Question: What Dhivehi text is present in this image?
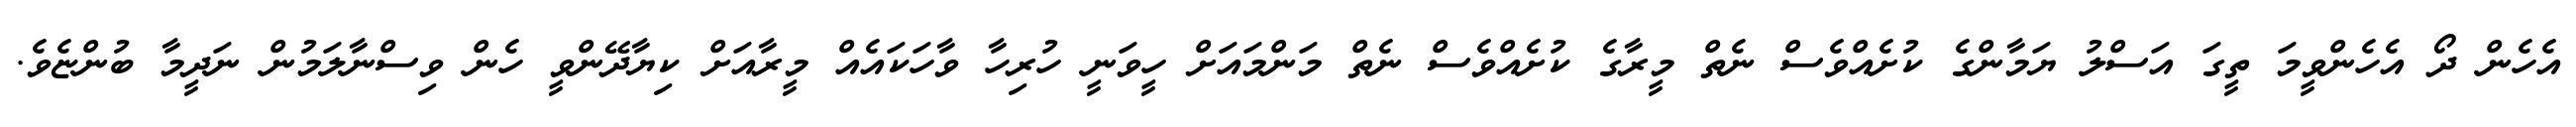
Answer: އެހެން ދޯ އެހެންވީމަ ތީގަ އަސްލު ޔަމާންގެ ކުށެއްވެސް ނެތް މީރާގެ ކުށެއްވެސް ނެތް މަންމައަށް ހީވަނީ ހުރިހާ ވާހަކައެއް މީރާއަށް ކިޔާދޭންވީ ހެން ވިސްނާލަމުން ނަދީމާ ބުންޏެވެ.